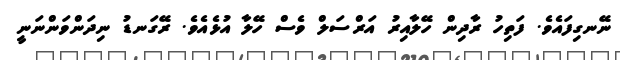
ނޭނގިފައެވެ. ފަތިހު ރާދިން ހޭލާއިރު އަރްސަލް ވެސް ހޭލާ އުޅެއެވެ. ރޭގަނޑު ނިދަންވަންނަނީ